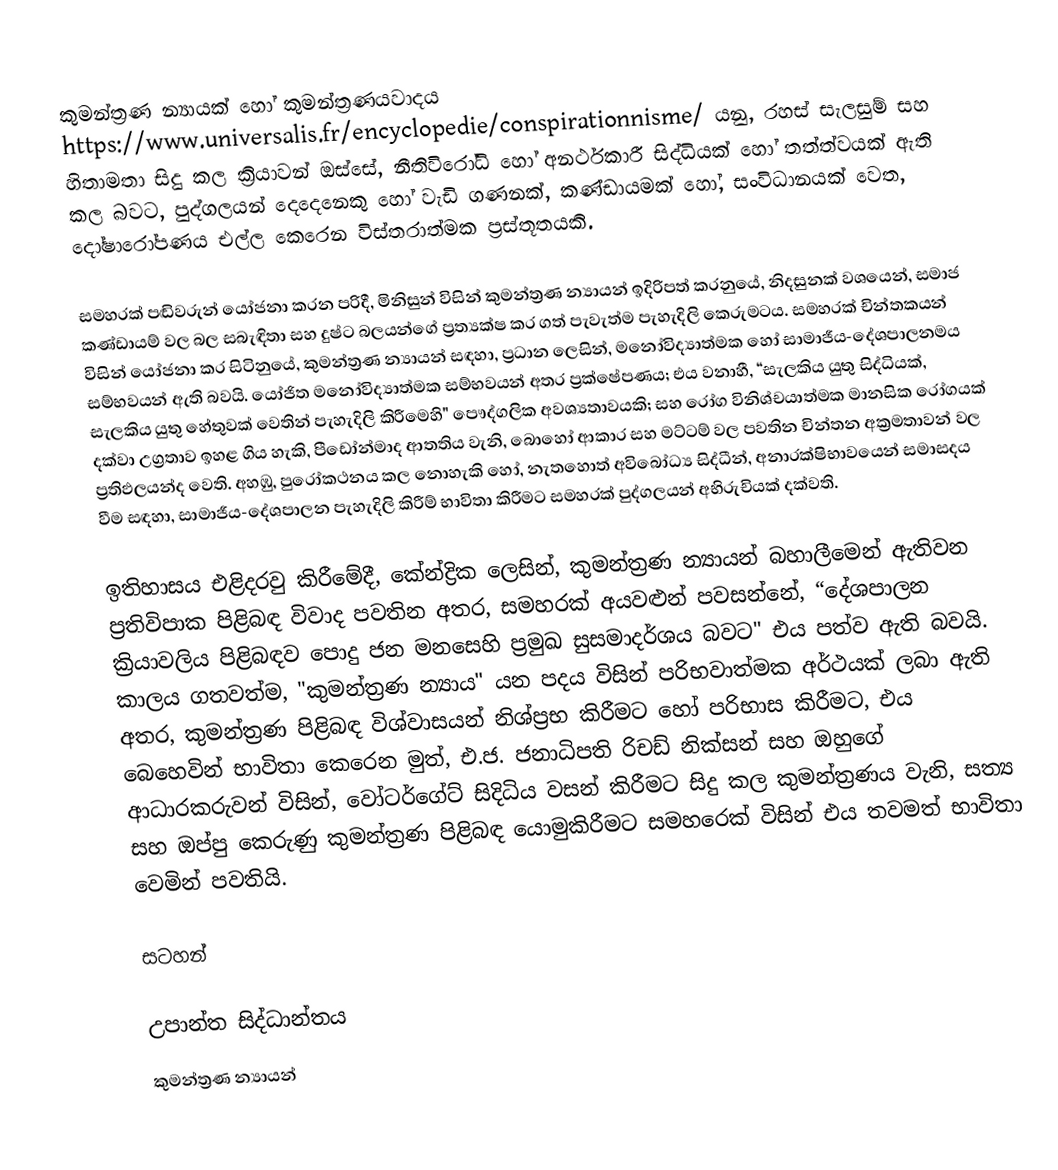
කුමන්ත්‍රණ න්‍යායක් හෝ කුමන්ත්‍රණයවාදය https://www.universalis.fr/encyclopedie/conspirationnisme/ යනු,  රහස් සැලසුම් සහ  හිතාමතා සිදු කල ක්‍රියාවන් ඔස්සේ,  නීතිවිරෝධි හෝ අනර්ථකාරී සිද්ධියක් හෝ තත්ත්වයක්  ඇති කල බවට, පුද්ගලයන් දෙදෙනෙකු හෝ වැඩි ගණනක්,  කණ්ඩායමක් හෝ, සංවිධානයක් වෙත, දෝෂාරෝපණය එල්ල කෙරෙන විස්තරාත්මක ප්‍රස්තූතයකි.

සමහරක් පඬිවරුන් යෝජනා කරන පරිදී, මිනිසුන් විසින් කුමන්ත්‍රණ න්‍යායන් ඉදිරිපත් කරනුයේ, නිදසුනක් වශයෙන්, සමාජ කණ්ඩායම් වල බල සබැඳිතා සහ දුෂ්ට බලයන්ගේ ප්‍රත්‍යක්ෂ කර ගත් පැවැත්ම පැහැදිලි කෙරුමටය. සමහරක් චින්තකයන් විසින් යෝජනා කර සිටිනුයේ, කුමන්ත්‍රණ න්‍යායන් සඳහා, ප්‍රධාන ලෙසින්, මනෝවිද්‍යාත්මක හෝ සාමාජීය-දේශපාලනමය සම්භවයන් ඇති බවයි. යෝජිත මනෝවිද්‍යාත්මක සම්භවයන් අතර ප්‍රක්ෂේපණය; එය වනාහී, “සැලකිය යුතු සිද්ධියක්,  සැලකිය යුතු හේතුවක් වෙතින් පැහැදිලි කිරීමෙහි" පෞද්ගලික අවශ්‍යතාවයකි; සහ රෝග විනිශ්චයාත්මක මානසික රෝගයක් දක්වා උග්‍රතාව ඉහළ ගිය හැකි,  පීඩෝන්මාද ආතතිය වැනි, බොහෝ ආකාර සහ මට්ටම් වල පවතින චින්තන අක්‍රමතාවන් වල ප්‍රතිඵලයන්ද වෙති. අහඹු, පුරෝකථනය කල නොහැකි හෝ, නැතහොත් අවිබෝධ්‍ය සිද්ධීන්,  අනාරක්ෂිභාවයෙන් සමාසදය වීම සඳහා, සාමාජීය-දේශපාලන පැහැදිලි කිරීම්  භාවිතා කිරීමට සමහරක් පුද්ගලයන් අභිරුචියක් දක්වති.

ඉතිහාසය එළිදරවු කිරීමේදී, කේන්ද්‍රික ලෙසින්, කුමන්ත්‍රණ න්‍යායන් බහාලීමෙන් ඇතිවන ප්‍රතිවිපාක පිළිබඳ විවාද පවතින අතර, සමහරක් අයවළුන් පවසන්නේ,  “දේශපාලන ක්‍රියාවලිය පිළිබඳව පොදු ජන මනසෙහි ප්‍රමුඛ සුසමාදර්ශය බවට"  එය පත්ව ඇති බවයි. කාලය ගතවත්ම, "කුමන්ත්‍රණ න්‍යාය" යන පදය විසින් පරිභවාත්මක අර්ථයක්  ලබා ඇති අතර,  කුමන්ත්‍රණ පිළිබඳ විශ්වාසයන් නිශ්ප්‍රභ කිරීමට හෝ පරිභාස කිරීමට, එය බෙහෙවින් භාවිතා කෙරෙන මුත්, එ.ජ. ජනාධිපති රිචඩ් නික්සන් සහ ඔහුගේ ආධාරකරුවන් විසින්, වෝටර්ගේට් සිදිධිය වසන් කිරීමට සිදු කල කුමන්ත්‍රණය වැනි, සත්‍ය සහ ඔප්පු කෙරුණු කුමන්ත්‍රණ පිළිබඳ යොමුකිරීමට සමහරෙක් විසින් එය තවමත් භාවිතා වෙමින් පවතියි.

සටහන්

උපාන්ත සිද්ධාන්තය
කුමන්ත්‍රණ න්‍යායන්